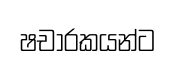
ෂචාරකයන්ට